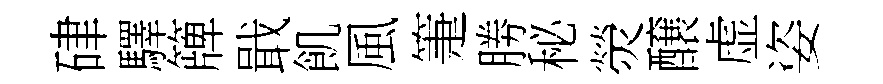
硉驛簰戢飢風箑勝秘熒醸虚姿